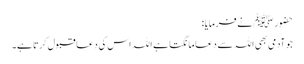
حضور ﷺ نے فرمایا:
جو آدمی بھی اللہ سے دعا مانگتا ہے اللہ اس کی دعا قبول کرتا ہے۔